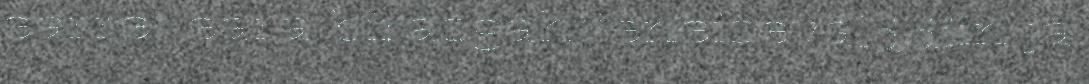
earret eará birasgáhtteneiseválddiin ja